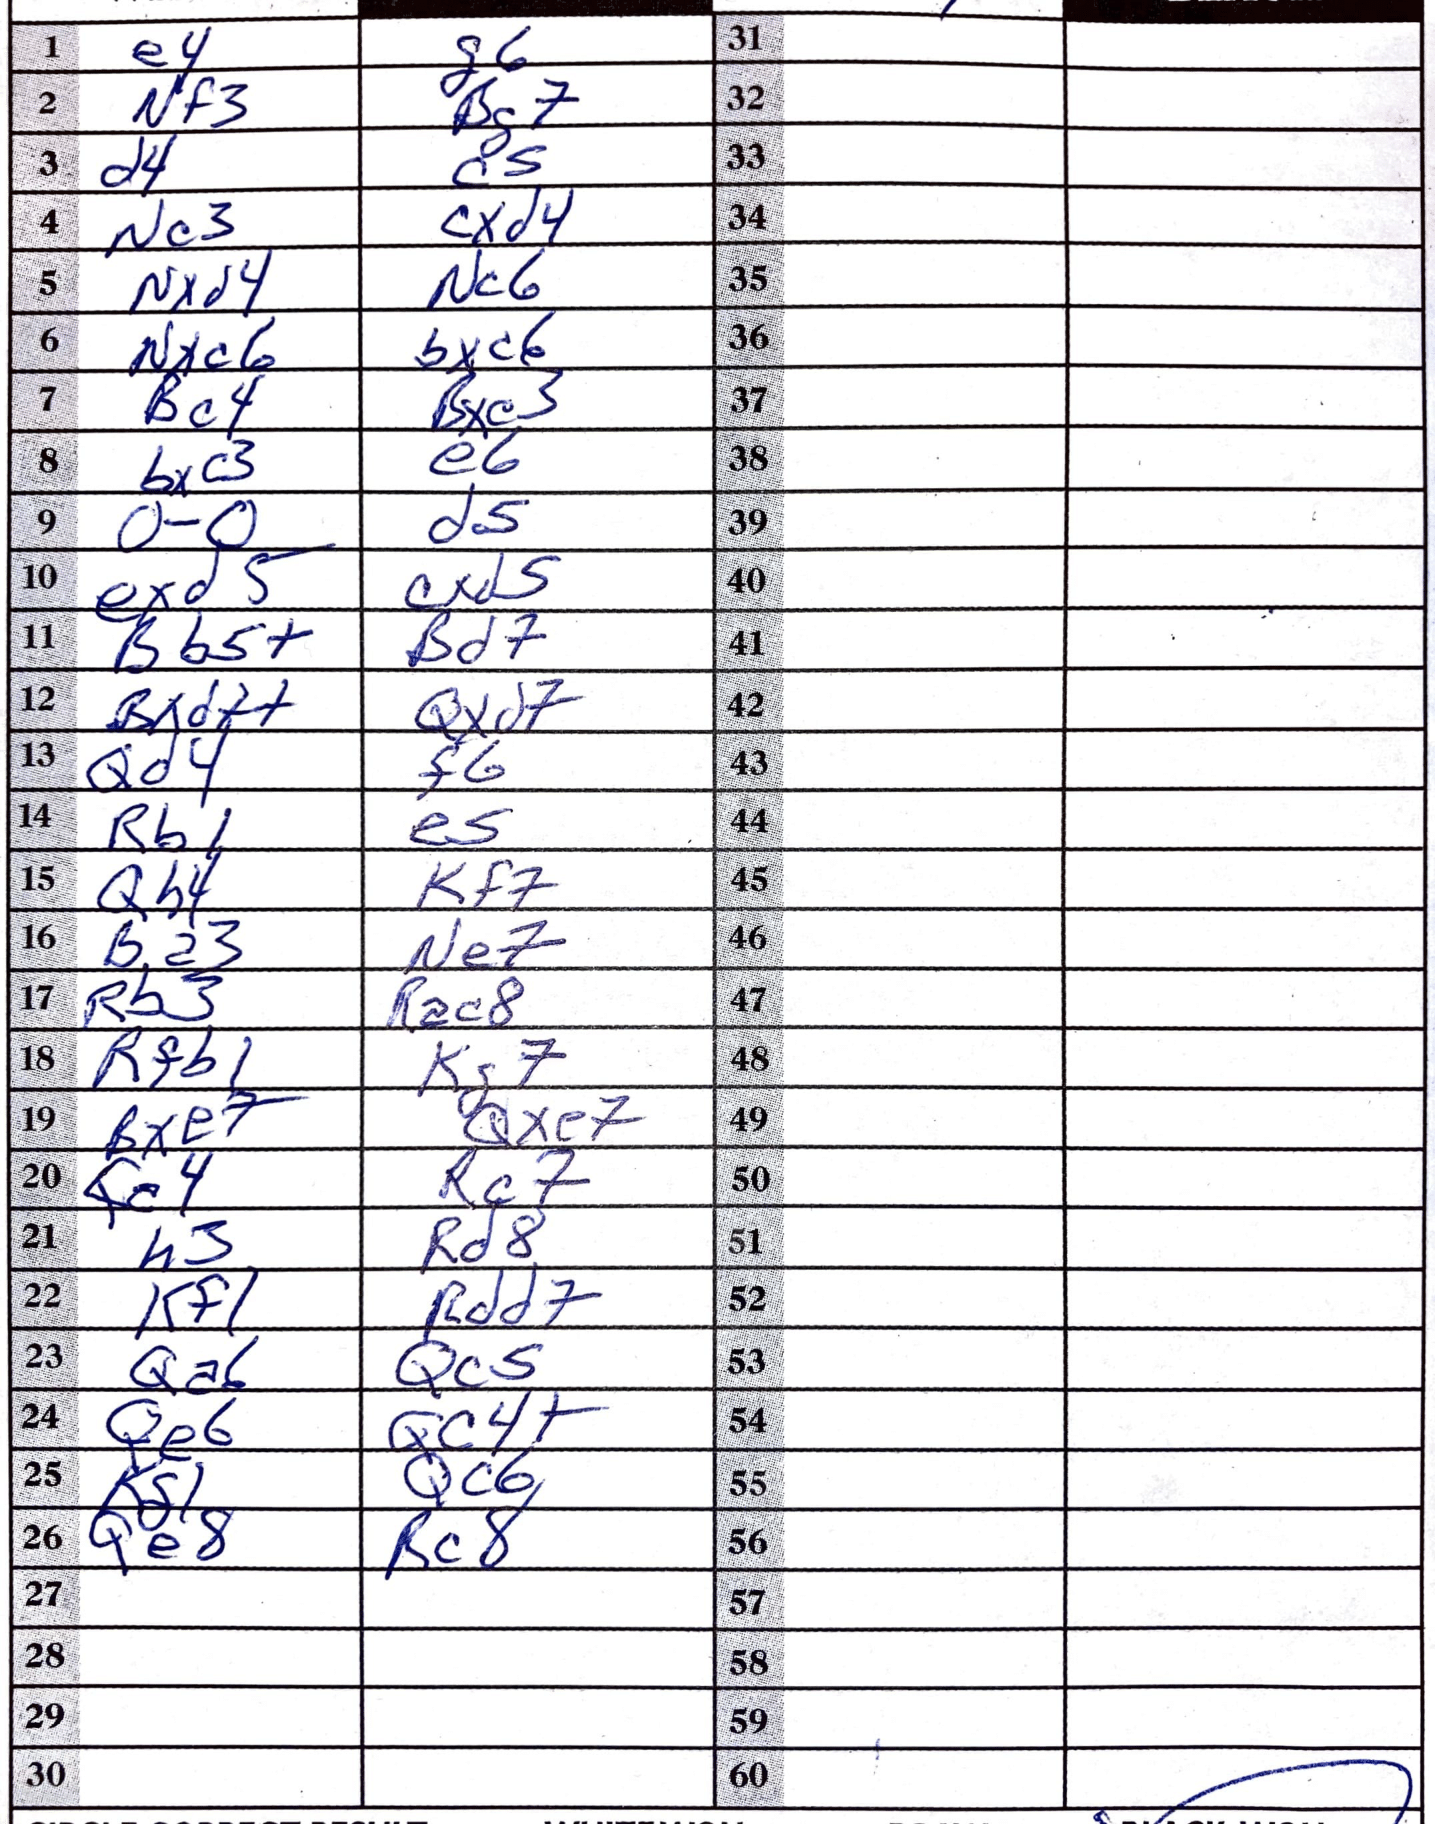
Moves: e4 g6 Nf3 Bg7 d4 c5 Nc3 cxd4 Nxd4 Nc6 Nxc6 bxc6 Bc4 Bxe3 bxc3 e6 O-O d5 exd5 cxd5 Bb5+ Bd7 Bxd7+ Qxd7 Qd4 f6 Rb1 e5 Qh4 Kf7 Ba3 Ne7 Rb3 Rac8 Rfb1 Kg7 Bxe7 Qxe7 Qc4 Rc7 h3 Rd8 Kf1 Rdd7 Qa6 Qc5 Qe6 Qc4+ Kg1 Qc6 Qe8 Rc8